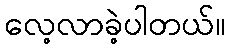
လေ့လာခဲ့ပါတယ်။